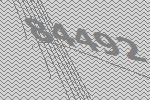
84492